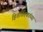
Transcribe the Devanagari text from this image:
हितचिंतकांच्या